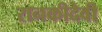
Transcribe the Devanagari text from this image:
रानकीदेवी